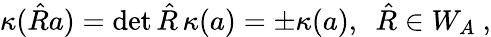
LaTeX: \kappa(\hat{R}a)=\operatorname*{det}{\hat{R}}\, \kappa(a)=\pm\kappa(a),\ \ \hat{R}\in W_{A}\ ,